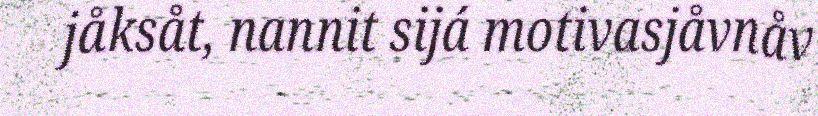
jåksåt, nannit sijá motivasjåvnåv